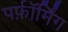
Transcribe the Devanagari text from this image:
पर्फ़ॉर्मिंग